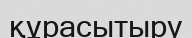
құрасытыру